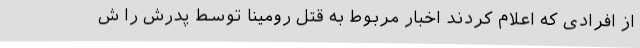
از افرادی که اعلام کردند اخبار مربوط به قتل رومینا توسط پدرش را ش